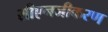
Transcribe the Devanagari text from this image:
सीएनजीकरण